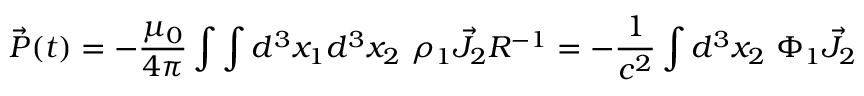
\vec { P } ( t ) = - \frac { \mu _ { 0 } } { 4 \pi } \int \int d ^ { 3 } x _ { 1 } d ^ { 3 } x _ { 2 } ~ \rho _ { 1 } \vec { J } _ { 2 } R ^ { - 1 } = - \frac { 1 } { c ^ { 2 } } \int d ^ { 3 } x _ { 2 } ~ \Phi _ { 1 } \vec { J } _ { 2 }